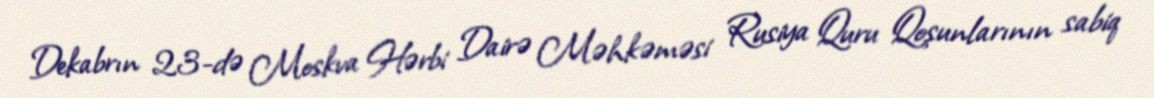
Dekabrın 23-də Moskva Hərbi Dairə Məhkəməsi Rusiya Quru Qoşunlarının sabiq